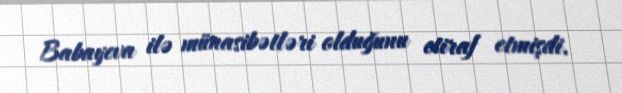
Babayeva ilə münasibətləri olduğunu etiraf etmişdi.